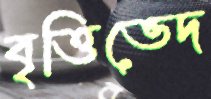
বৃত্তিভেদ